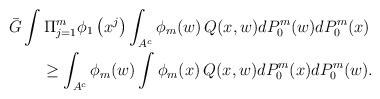
LaTeX: \begin{align*}& \bar{G} \int \Pi_{j=1}^{m} \phi_1\left( x^j\right) \int_{A^c} \phi_m(w) \, Q(x,w) dP_0^m(w) dP_0^m (x) \\&\qquad\geq \int_{A^c} \phi_m(w) \int \phi_m(x) \, Q(x,w) dP_0^m (x) dP_0^m(w).\end{align*}